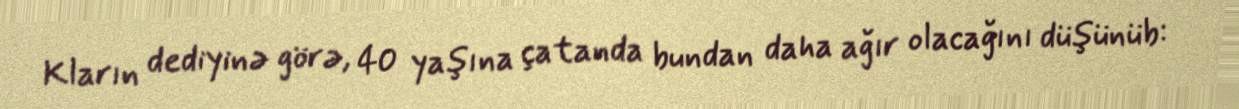
Kların dediyinə görə, 40 yaşına çatanda bundan daha ağır olacağını düşünüb: